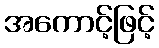
အကောင့်ဖြင့်